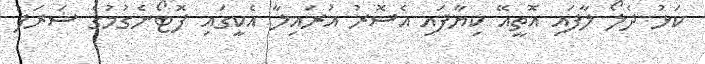
ކަޅު ދެލޯ ލާފައި އޮތީއޭ ކިޔާފައި އެސޮރު އުރައިލާ އެކީގައި ފޮޓޯނެގުމުގެ ޝަރަފު